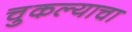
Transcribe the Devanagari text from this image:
चुकल्याचा